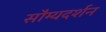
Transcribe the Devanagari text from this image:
सौम्यदर्शन